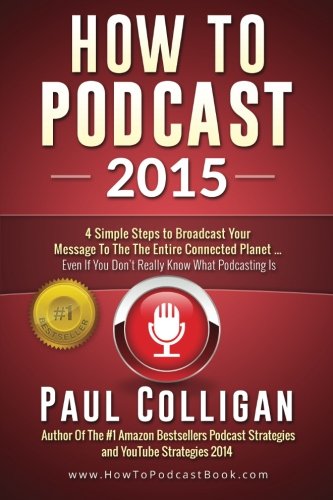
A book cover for How To Podcast 2015: Four Simple Steps To Broadcast Your Message To The Entire Connected Planet - Even If You Don't Know Where To Start; Paul Colligan; Computers & Technology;